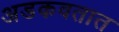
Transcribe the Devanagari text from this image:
अडकवतात